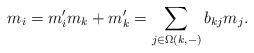
LaTeX: \begin{align*}m_i = m_i' m_k + m_k' = \sum_{j\in \Omega(k,-)} b_{kj} m_j.\end{align*}